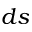
d s